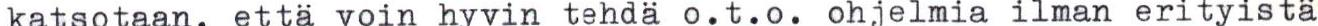
katsotaan, että voin hyvin tehdä o.t.o. ohjelmia ilman erityistä